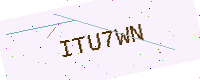
Text: ITU7WN